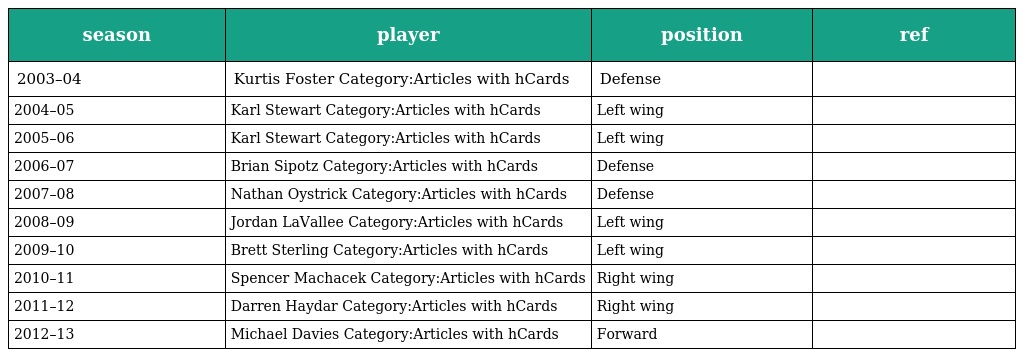
| season | player | position | ref |
 | --- | --- | --- | --- |
 | 2003–04 | Kurtis Foster Category:Articles with hCards | Defense |  |
 | 2004–05 | Karl Stewart Category:Articles with hCards | Left wing |  |
 | 2005–06 | Karl Stewart Category:Articles with hCards | Left wing |  |
 | 2006–07 | Brian Sipotz Category:Articles with hCards | Defense |  |
 | 2007–08 | Nathan Oystrick Category:Articles with hCards | Defense |  |
 | 2008–09 | Jordan LaVallee Category:Articles with hCards | Left wing |  |
 | 2009–10 | Brett Sterling Category:Articles with hCards | Left wing |  |
 | 2010–11 | Spencer Machacek Category:Articles with hCards | Right wing |  |
 | 2011–12 | Darren Haydar Category:Articles with hCards | Right wing |  |
 | 2012–13 | Michael Davies Category:Articles with hCards | Forward |  |